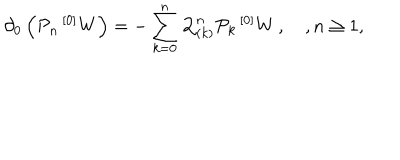
LaTeX: \partial _ { 0 } \left( { \mathcal P } _ { n } \, { ^ { [ 0 ] } W } \right) = - \sum _ { k = 0 } ^ { n } { \mathcal Q } _ { ( k ) } ^ { n } { \mathcal P } _ { k } \, { ^ { [ 0 ] } W } \, , \quad , n \geq 1 ,